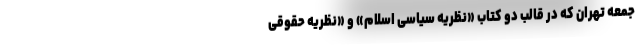
جمعه تهران که در قالب دو کتاب «نظریه سیاسی اسلام» و «نظریه حقوقی